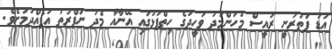
އަޑު ފަތުރަނީ ރައީސް މުހަންމަދު ވަހީދުގެ ހިތްޕުޅުގައި އޭނާއާ މެދު ނަފްރަތު އުފެއްދުމަށެވެ.